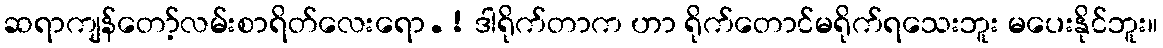
ဆရာကျန်တော့်လမ်းစာရိတ်လေးရော.! ဒါရိုက်တာက ဟာ ရိုက်တောင်မရိုက်ရသေးဘူး မပေးနိုင်ဘူး။